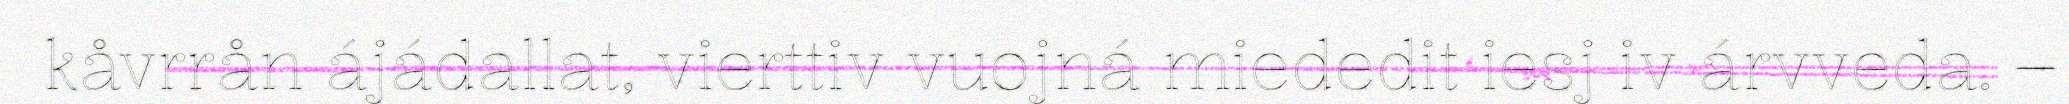
kåvrrån ájádallat, vierttiv vuojná miededit iesj iv árvveda. –